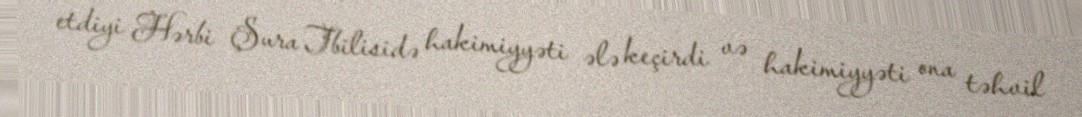
etdiyi Hərbi Şura Tbilisidə hakimiyyəti ələ keçirdi və hakimiyyəti ona təhvil